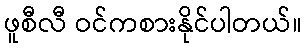
ဖူစီလီ ဝင်ကစားနိုင်ပါတယ်။